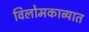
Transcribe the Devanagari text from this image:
विलोमकाव्यात